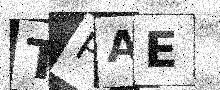
Text: TPAE